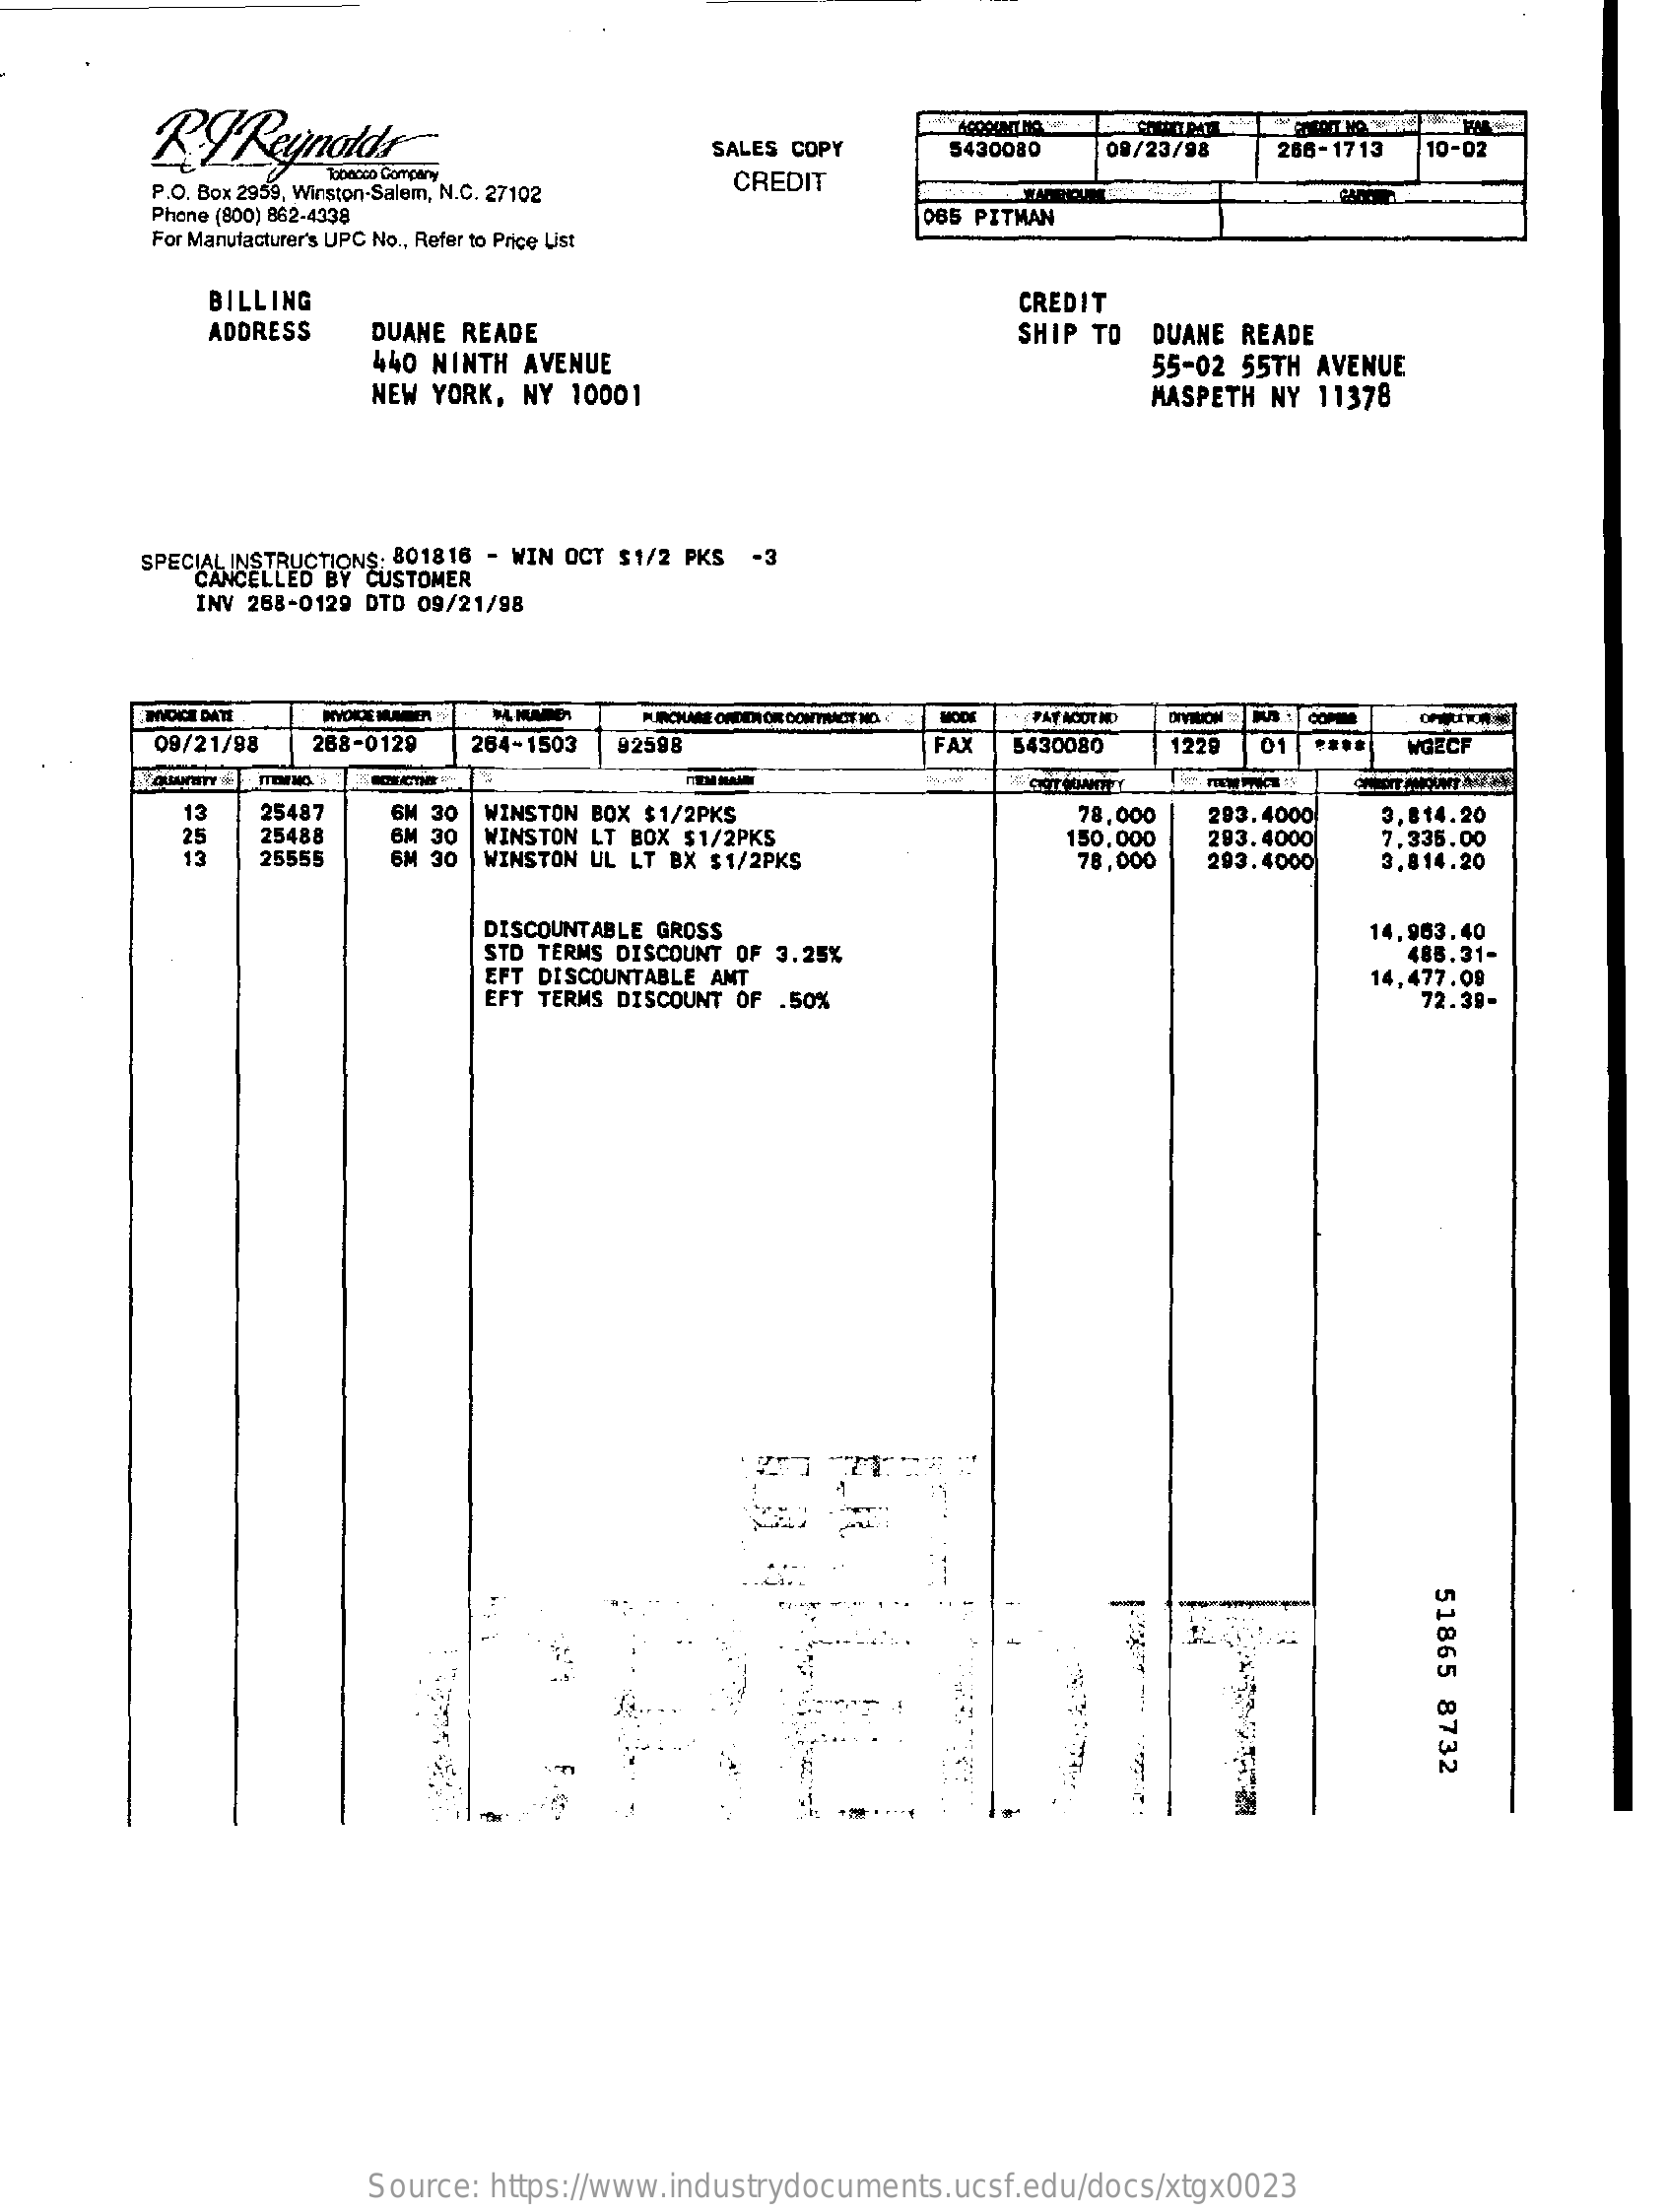
RTReynolds    SALES  COPY    5430080    08/23/98    266-1713    10-02
     P.O. Box 2959, Winston-Salem, N.C. 27102    CREDIT
     Phone (800) 862-4338
     For Manufacturer's UPC No ., Refer to Price List
     065 PITMAN
     BILLING    CREDIT
     ADDRESS    DUANE   READE
     440  NINTH    AVENUE
     SHIP   TO   DUANE   READE
     NEW   YORK,   NY   10001
     55-02   55TH   AVENUE
     MASPETH    NY   11378
     SPECIAL INSTR CANNELRUCTIONS: 801816 - WIN OCT $1/2 PKS  -3 O BY CUSTOMER
     INV 268-0129   DTD  09/21/98
     MONICE DATE    PURCHASE CADDIOR CONTACT NO.    PAT ACCTNO
     09/21/98    288-0129    264-1503    92598    FAX    5430080    1220    01   ....    WGECF
     13    25487
     25    25488
     OH  30
     6M  30
     WINSTON  BOX  $1/2PKS
     WINSTON   LT  BOX  $1/2PKS
     78,000    293.4000    3,814.20
     13    25555    30  WINSTON   UL  LT  BX  $1/2PKS
     150,000
     78,000
     293.4000
     293.4000
     7,335.00
     3.814.20
     DISCOUNTABLE    GROSS
     STD  TERMS  DISCOUNT   OF  3.25%
     14,963.40
     EFT DISCOUNTABLE    ANT
     485.31-
     EFT TERMS   DISCOUNT   OF  .50%
     14,477.09
     72.39-
     51865
     8732
     Source:    https://www.industrydocuments.ucsf.edu/docs/xtgx0023